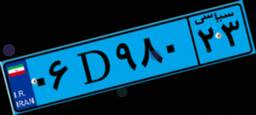
۴۱D۸۸۰۸۵